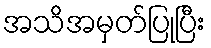
အသိအမှတ်ပြုပြီး